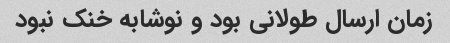
زمان ارسال طولانی بود و نوشابه خنک نبود